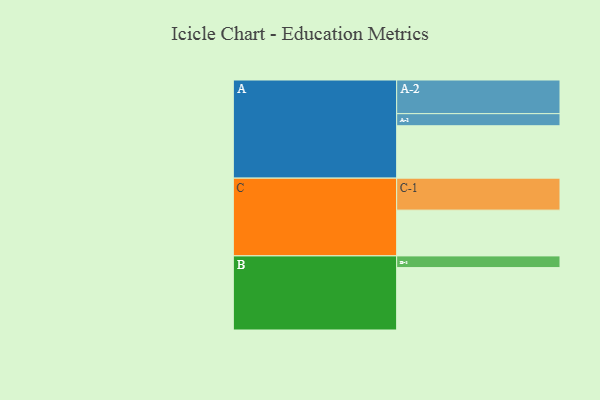
{"axis": {"x": "Segment", "y": "Value"}, "legend": ["", "A", "B", "C"], "data": [{"x": "A", "y": 403, "type": ""}, {"x": "B", "y": 480, "type": ""}, {"x": "C", "y": 352, "type": ""}, {"x": "A-1", "y": 93, "type": "A"}, {"x": "A-2", "y": 259, "type": "A"}, {"x": "B-1", "y": 90, "type": "B"}, {"x": "C-1", "y": 246, "type": "C"}]}